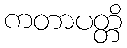
ကတာပတ္တိ